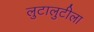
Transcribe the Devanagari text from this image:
लुटालुटीला